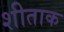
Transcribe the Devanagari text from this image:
शीताक